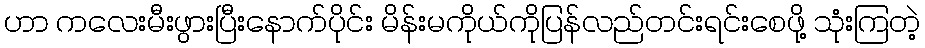
ဟာ ကလေးမီးဖွားပြီးနောက်ပိုင်း မိန်းမကိုယ်ကိုပြန်လည်တင်းရင်းစေဖို့ သုံးကြတဲ့